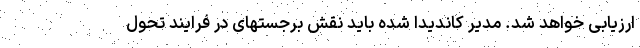
ارزیابی خواهد شد. مدیر کاندیدا شده باید نقش برجستهای در فرایند تحول